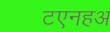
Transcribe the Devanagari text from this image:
टएनहअ